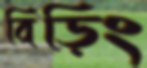
বিড়িং